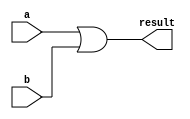
module alu_or(
    input [31:0] a,
    input [31:0] b,
    output [31:0] result
);
    assign result = a | b;
endmodule